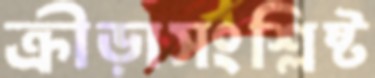
ক্রীড়াসংশ্লিষ্ট